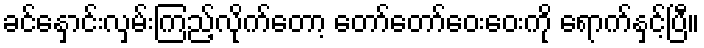
ခင်နှောင်းလှမ်းကြည့်လိုက်တော့ တော်တော်ဝေးဝေးကို ရောက်နှင့်ပြီ။